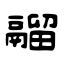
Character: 鬸